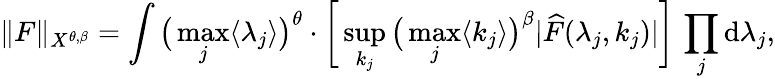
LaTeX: \| F\| _{X^{\theta,\beta}}=\int\big(\operatorname*{max}_{j}\langle\lambda_{j}\rangle\big)^{\theta}\cdot\bigg[\operatorname*{sup}_{k_{j}}\big(\operatorname*{max}_{j}\langle k_{j}\rangle\big)^{\beta}|\widehat{F}(\lambda_{j},k_{j})|\bigg]\, \prod_{j}\mathrm{d}\lambda_{j},